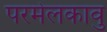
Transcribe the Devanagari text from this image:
परमेलकावु